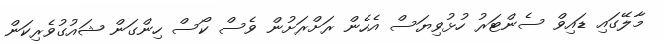
މާލޭގައި ޑައިވް ސެންޓަރު ހުޅުވިޔަސް އެހެން ރަށްރަށުން ވެސް ކޯސް ހިންގަން ޝައުގުވެރިކަން